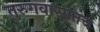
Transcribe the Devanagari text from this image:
तुरुगवासातच